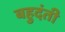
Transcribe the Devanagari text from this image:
बहुदंती